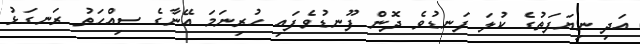
އަދި ނިޔަފަތުގެ ކުލަ ފަނޑުވެ ދޮން ފޫނޑުވެފައި ހުރިނަމަ އޭނާގެ ސިއްހަތު ރަނގަޅު